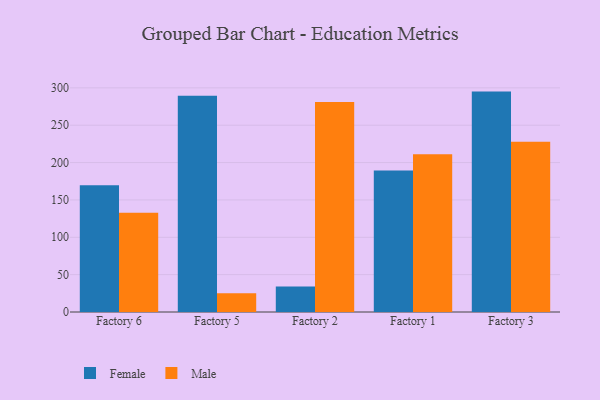
{"axis": {"x": "Factory", "y": "Revenue (USD Million)"}, "legend": ["Female", "Male"], "data": [{"x": "Factory 6", "y": 169.8, "type": "Female"}, {"x": "Factory 6", "y": 133.0, "type": "Male"}, {"x": "Factory 5", "y": 289.5, "type": "Female"}, {"x": "Factory 5", "y": 25.1, "type": "Male"}, {"x": "Factory 2", "y": 34.2, "type": "Female"}, {"x": "Factory 2", "y": 281.2, "type": "Male"}, {"x": "Factory 1", "y": 189.4, "type": "Female"}, {"x": "Factory 1", "y": 211.0, "type": "Male"}, {"x": "Factory 3", "y": 295.0, "type": "Female"}, {"x": "Factory 3", "y": 228.0, "type": "Male"}]}